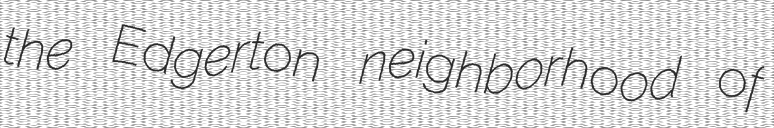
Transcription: the Edgerton neighborhood of